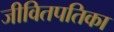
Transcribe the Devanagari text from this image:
जीवितपतिका